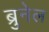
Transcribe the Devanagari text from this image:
ब्रुनेल